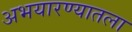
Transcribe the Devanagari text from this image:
अभयारण्यातला